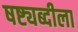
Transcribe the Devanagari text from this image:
षष्ट्यब्दीला